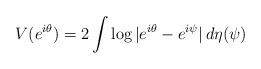
LaTeX: \begin{align*} V(e^{i\theta}) = 2 \int \log |e^{i\theta} - e^{i\psi}| \, d\eta(\psi)\end{align*}